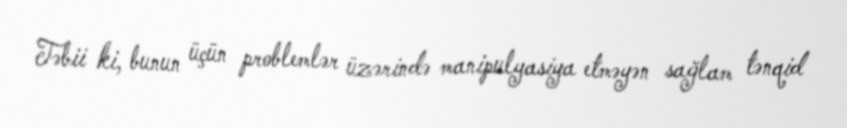
Təbii ki, bunun üçün problemlər üzərində manipulyasiya etməyən sağlam tənqid